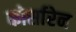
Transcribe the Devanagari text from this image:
कोर्सारेन